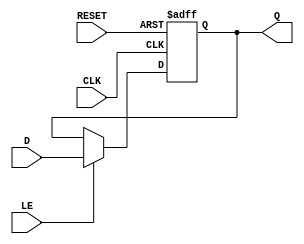
module ControlRegister (
    input wire [WIDTH-1:0] D,      // Data input
    input wire CLK,                 // Clock signal
    input wire RESET,               // Reset signal
    input wire LE,                  // Load Enable signal
    output reg [WIDTH-1:0] Q        // Data output
);

parameter WIDTH = 8; // Define the width of the Control Register (can be changed as needed)

// Asynchronous Reset Behavior
always @(posedge CLK or posedge RESET) begin
    if (RESET) begin
        Q <= {WIDTH{1'b0}}; // Set register to zero on reset
    end else if (LE) begin
        Q <= D; // Load data into register on Load Enable
    end
    // If neither RESET nor LE are asserted, Q retains its previous value
end

endmodule